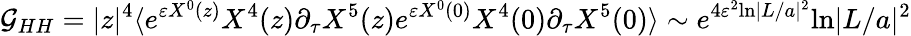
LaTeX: {\cal G}_{HH}=|z|^{4}\langle e^{\varepsilon X^{0}(z)}X^{4}(z)\partial_{\tau}X^{5}(z)e^{\varepsilon X^{0}(0)}X^{4}(0)\partial_{\tau}X^{5}(0)\rangle\sim e^{4\varepsilon^{2}\mathrm{ln}|L/a|^{2}}\mathrm{ln}|L/a|^{2}